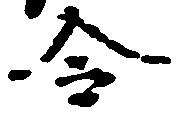
令